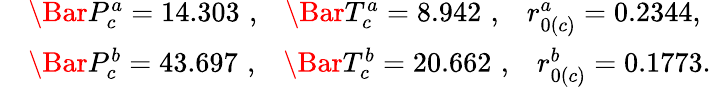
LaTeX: \begin{array}{rl}&{\Bar{P}_{c}^{a}=14.303\, \, ,\, \, \, \, \, \Bar{T}_{c}^{a}=8.942\, \, ,\, \, \, \, \, r_{0(c)}^{a}=0.2344,}\\ &{\Bar{P}_{c}^{b}=43.697\, \, ,\, \, \, \, \, \Bar{T}_{c}^{b}=20.662\, \, ,\, \, \, \, \, r_{0(c)}^{b}=0.1773.}\end{array}